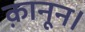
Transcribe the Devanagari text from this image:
क़ानून।